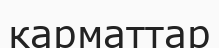
карматтар